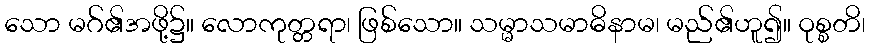
သော မဂ်၏အဖို့၌။ လောကုတ္တရာ၊ ဖြစ်သော။ သမ္မာသမာဓိနာမ၊ မည်၏ဟူ၍။ ဝုစ္စတိ၊